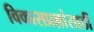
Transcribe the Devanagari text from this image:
विकासप्रश्नांसाठी